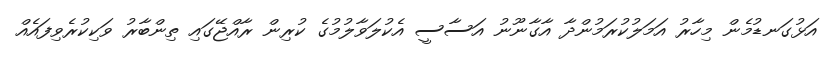
އަޅުގަނޑުމެން މިހާރު އަމަލުކުރަމުންދާ އާގާނޫނު އަސާސީ އެކުލަވާލުމުގެ ކުރިން ރާއްޖޭގައި ތިންބާރު ވަކިކުރެވިފައެއް